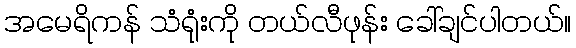
အမေရိကန် သံရုံးကို တယ်လီဖုန်း ခေါ်ချင်ပါတယ်။